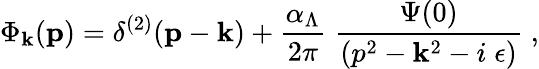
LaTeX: \Phi_{\mathbf{k}}({\mathbf{p}})=\delta^{(2)}({\mathbf{p}}-{\mathbf{\mathbf{k}}})+\frac{{\alpha_{\Lambda}}}{{2\pi}}\; \frac{{\Psi(0)}}{{(p^{2}-\mathbf{k}^{2}-i\; \epsilon)}}\; ,